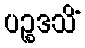
ပဉ္စဒသိံ